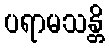
ပရာမသန္တိ